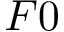
F 0